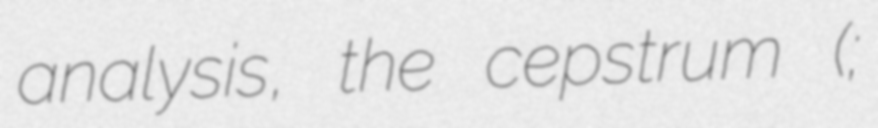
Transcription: analysis, the cepstrum (;